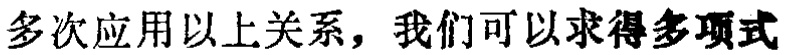
多次应用以上关系，我们可以求得多项式